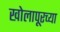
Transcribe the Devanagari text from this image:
खोलापूरच्या